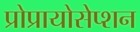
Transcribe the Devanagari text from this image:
प्रोप्रायोसेप्शन